Report on sanitation, dispensaries, and jails in Rajputana for 1909, and on vaccination for the year 1909-1910 - 1909-1910
Year: 1909
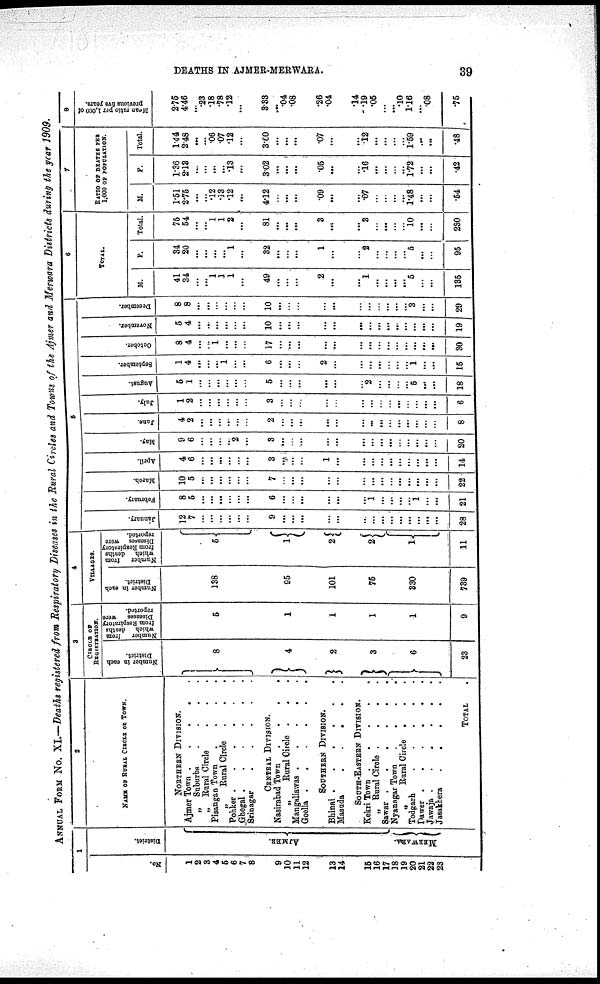
DEATHS IN AJMER-MERWARA.
39
ANNUAL FORM No. XI—Deaths registered from Respiratory Diseases in the Rural Circles and Towns of the Ajmer and Merwara Districts during the year 1909.
1
No.
1
2
3
4
5
6
7
8
9
10
11
12
13
14
15
16
17
18
19
20
21
22
23
District.
AJMER.
MERWARA.
2
NAME OF RURAL CIRCLE OR TOWN.
NORTHERN DIVISION.
Ajmer Town .
.
.
.
.
„
Subarbs
.
.
.
.
„ Rural Circle . . .
Pisangan Town
.
.
.
.
„
Rural Circle . . .
Pohker .
.
.
.
.
.
Ghogal .
.
.
.
.
.
Srinagar
.
.
.
.
.
CENTRAL DIVISION.
Nasirabad Town
. . . .
„
Rural Circle .
. .
Mangaliawas .
.
.
.
.
Goella .
.
.
.
.
.
SOUTHERN DIVISION.
Bhinai .
.
.
.
.
.
Masuda
.
.
.
.
.
SOUTH-EASTERN DIVISION.
Kekri Town . . . . .
„ Rural Circle .
.
.
.
Sawar .
. . . . .
Nyanagar Town
.
.
.
.
„
Rural Circle
. . .
Todgarh
.
.
.
.
.
Dawer .
.
.
.
.
.
Jawaja .
.
.
.
.
.
Jasakhera
. . . . .
TOTAL .
3
CIRCLE OF
REGISTRATION.
Number in each
District.
8
4
2
3
6
23
Number
from
which deaths
from Respiratory
Diseases were
reported.
5
1
1
1
1
9
4
VILLAGES.
Number in each
District.
138
95
101
75
330
739
Number
from
which deaths
from Respiratory
Diseases were
reported.
5
1
2
2
1
11
5
January.
12
7
...
...
...
...
...
...
9
...
...
...
...
...
...
...
...
...
...
...
...
...
...
28
February.
8
5
...
...
...
...
...
...
6
...
...
...
...
...
...
1
...
...
...
...
1
...
...
21
March.
10
5
...
...
...
...
...
...
7
...
...
...
...
...
...
...
...
...
...
...
...
...
...
22
April.
4
6
...
...
...
...
...
...
3
...
...
...
1
...
...
...
...
...
...
...
...
...
...
14
May.
9
6
...
...
...
...
2
...
3
...
...
...
...
...
...
...
...
...
...
...
...
...
...
20
June.
4
2
...
...
...
...
...
...
2
...
...
...
...
...
...
...
...
...
...
...
...
...
...
8
July.
1
2
...
...
...
...
...
...
3
...
...
...
...
...
...
...
...
...
...
...
...
...
...
6
August.
5
1
...
...
...
...
...
...
5
...
...
...
...
...
...
2
...
...
...
...
6
...
...
18
September.
1
4
...
...
...
1
...
...
6
...
...
...
2
...
...
...
...
...
...
...
1
...
...
15
October.
8
4
...
...
1
...
...
...
17
...
...
...
...
...
...
...
...
...
...
...
...
...
...
30
November.
5
4
...
...
...
...
...
...
10
...
...
...
...
...
...
...
...
...
...
...
...
...
...
19
December.
8
8
...
...
...
...
...
...
10
...
...
...
...
...
...
...
...
...
...
...
3
...
...
29
6
TOTAL.
M.
41
34
...
...
1
1
1
...
49
...
...
...
2
...
...
1
...
...
...
...
5
...
...
135
F.
34
20
...
...
...
...
1
...
32
...
...
...
1
...
...
2
...
...
...
...
5
...
...
95
Total.
75
54
...
...
1
1
2
...
81
...
...
...
3
...
...
3
...
...
...
...
10
...
...
230
7
RATIO OF DEATHS PER
1,000 OF POPULATION.
M.
1.51
2.75
...
...
.12
.13
.12
...
4.12
...
...
...
.09
...
...
.7
...
...
...
...
1.48
...
...
.54
F.
1.36
2.13
...
...
...
...
.13
...
3.02
...
...
...
.05
...
...
.16
...
...
...
...
1.72
...
...
.42
Total.
1.44
2.48
...
...
.06
.07
.12
...
3.60
...
...
...
.07
...
...
.12
...
...
...
...
1.59
...
...
.48
8
Mean ratio per 1,000 of
previous five year.
2.75
4.46
...
.23
.18
.78
.12
...
3.33
...
.04
.08
.26
.04
.14
.19
.05
...
...
.10
1.16
...
.08
.75